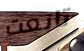
تابعت